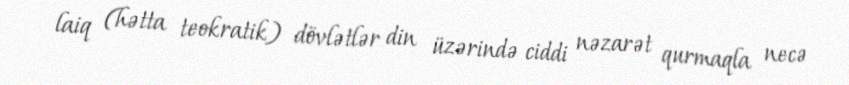
laiq (hətta teokratik) dövlətlər din üzərində ciddi nəzarət qurmaqla necə